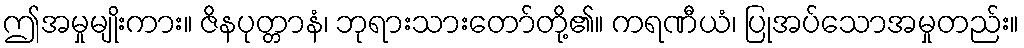
ဤအမှုမျိုးကား။ ဇိနပုတ္တာနံ၊ ဘုရားသားတော်တို့၏။ ကရဏီယံ၊ ပြုအပ်သောအမှုတည်း။